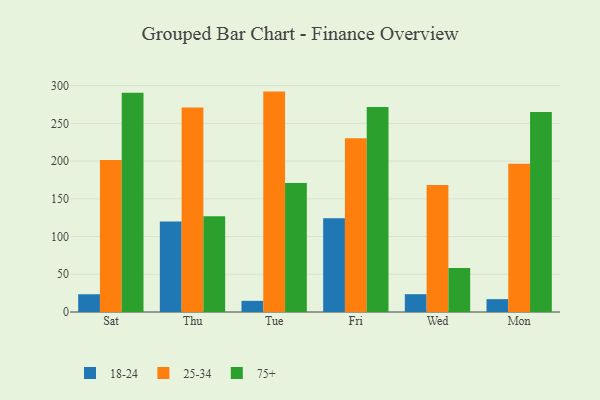
{"axis": {"x": "Day", "y": "Customer Acquisition Cost (USD)"}, "legend": ["18-24", "25-34", "75+"], "data": [{"x": "Sat", "y": 23.5, "type": "18-24"}, {"x": "Sat", "y": 201.3, "type": "25-34"}, {"x": "Sat", "y": 290.6, "type": "75+"}, {"x": "Thu", "y": 119.9, "type": "18-24"}, {"x": "Thu", "y": 270.9, "type": "25-34"}, {"x": "Thu", "y": 126.9, "type": "75+"}, {"x": "Tue", "y": 14.8, "type": "18-24"}, {"x": "Tue", "y": 292.1, "type": "25-34"}, {"x": "Tue", "y": 171.1, "type": "75+"}, {"x": "Fri", "y": 124.2, "type": "18-24"}, {"x": "Fri", "y": 230.4, "type": "25-34"}, {"x": "Fri", "y": 271.7, "type": "75+"}, {"x": "Wed", "y": 23.6, "type": "18-24"}, {"x": "Wed", "y": 168.3, "type": "25-34"}, {"x": "Wed", "y": 58.4, "type": "75+"}, {"x": "Mon", "y": 17.0, "type": "18-24"}, {"x": "Mon", "y": 196.5, "type": "25-34"}, {"x": "Mon", "y": 264.9, "type": "75+"}]}